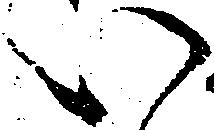
い